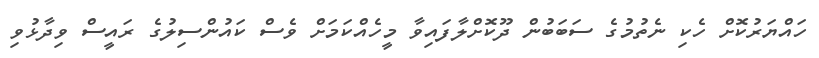
ހައްޔަރުކޮށް ހެކި ނެތުމުގެ ސަބަބުން ދޫކޮށްލާފައިވާ މީހެއްކަމަށް ވެސް ކައުންސިލުގެ ރައީސް ވިދާޅުވި